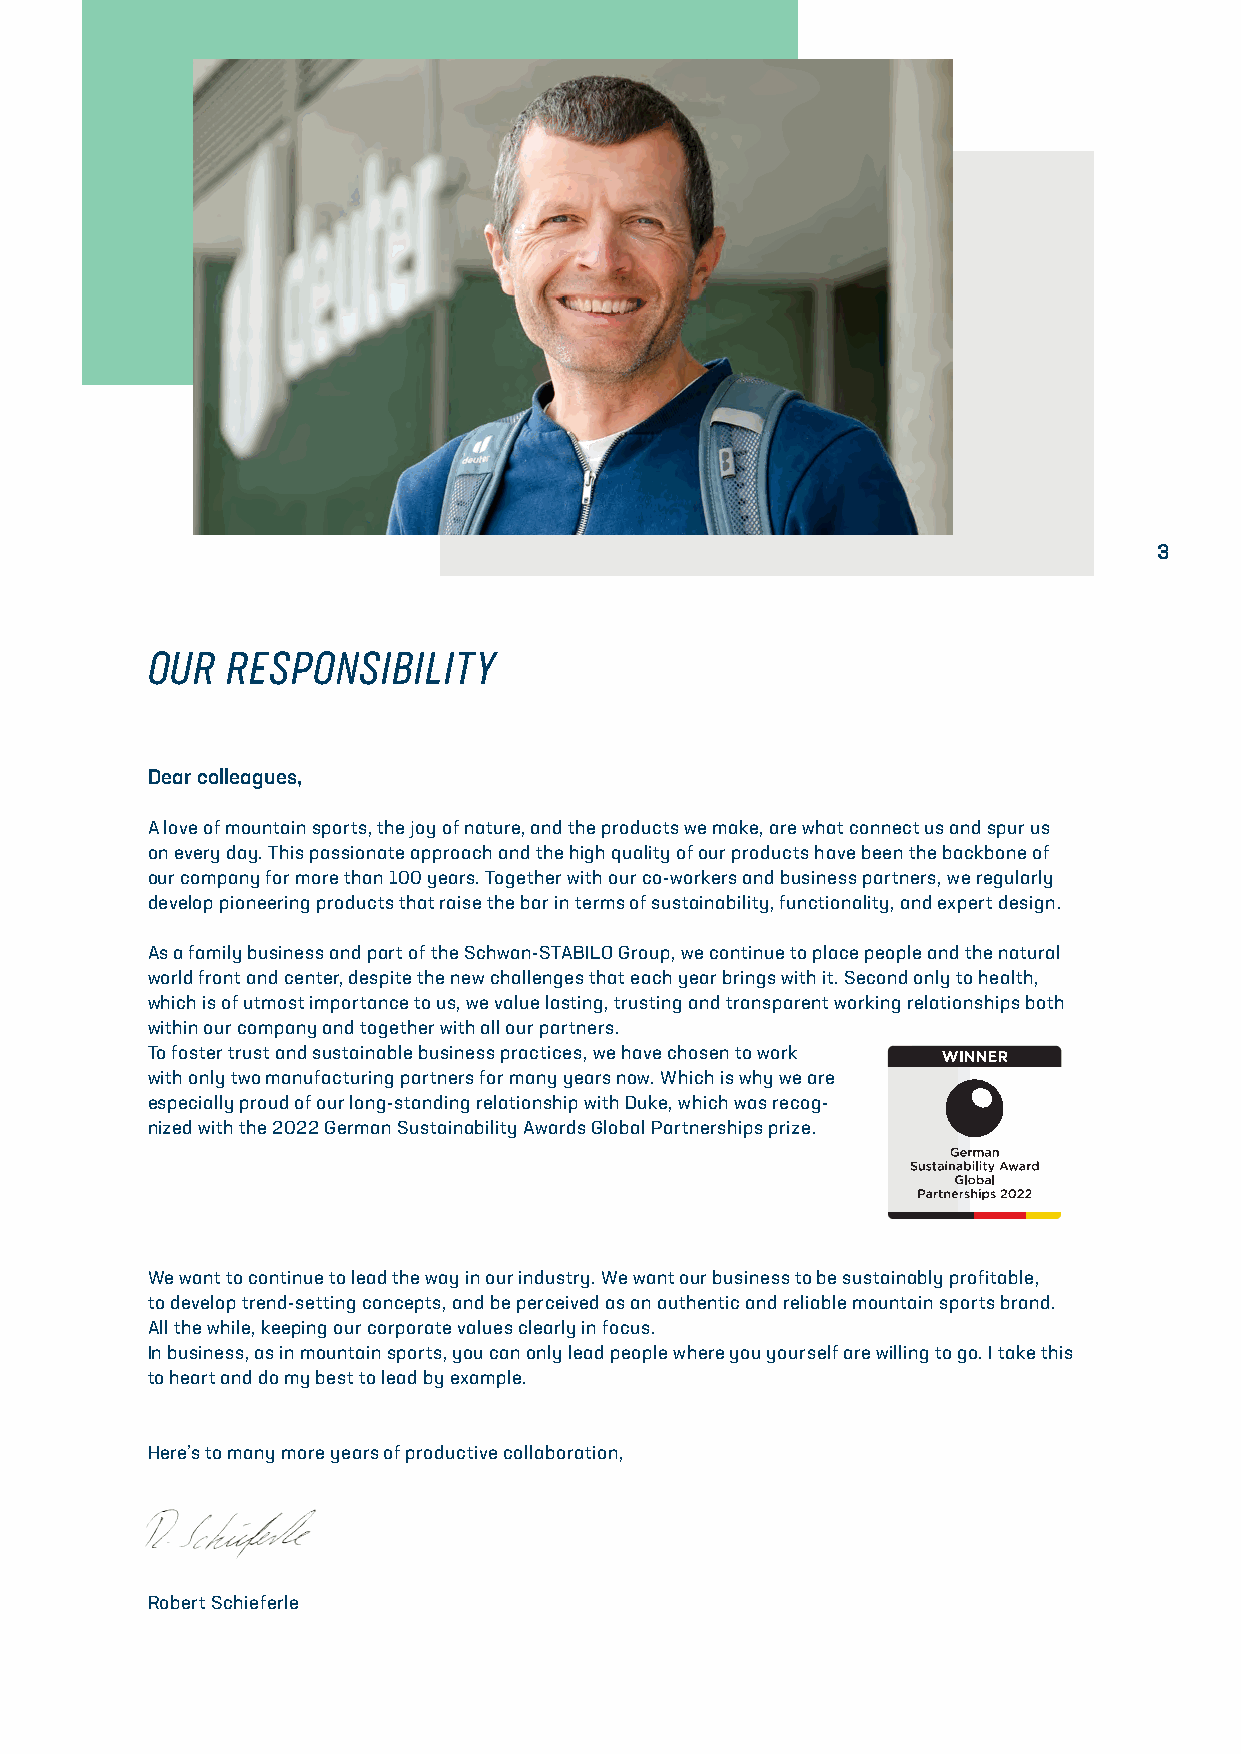
3
 OUR  RESPONSIBILITY
 Dear colleagues,
 A love of mountain sports, the joy of nature, and the products we make, are what connect us and spur us
 on every day. This passionate approach and the high quality of our products have been the backbone of
 our company for more than 100 years. Together with our co-workers and business partners, we regularly
 develop pioneering products that raise the bar in terms of sustainability, functionality, and expert design.
 As a family business and part of the Schwan-STABILO Group, we continue to place people and the natural
 world front and center, despite the new challenges that each year brings with it. Second only to health,
 which is of utmost importance to us, we value lasting, trusting and transparent working relationships both
 within our company and together with all our partners.
 To foster trust and sustainable business practices, we have chosen to work
 with only two manufacturing partners for many years now. Which is why we are
 especially proud of our long-standing relationship with Duke, which was recog-
 nized with the 2022 German Sustainability Awards Global Partnerships prize.
 We want to continue to lead the way in our industry. We want our business to be sustainably profitable,
 to develop trend-setting concepts, and be perceived as an authentic and reliable mountain sports brand.
 All the while, keeping our corporate values clearly in focus.
 In business, as in mountain sports, you can only lead people where you yourself are willing to go. I take this
 to heart and do my best to lead by example.
 Here’s to many more years of productive collaboration,
 Robert Schieferle